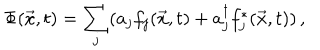
\Phi ( \vec { x } , t ) = \sum _ { j } ( a _ { j } f _ { j } ( \vec { x } , t ) + a _ { j } ^ { \dagger } f _ { j } ^ { * } ( \vec { x } , t ) ) \, ,